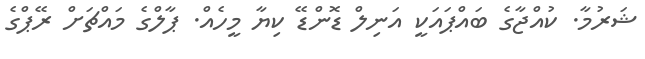
ޝަރުމާ. ކުއްޖާގެ ބައްޕައަކީ އަނިލް ޑޮންޑޭ ކިޔާ މީހެއް. ޕާލްގެ މައްޗަށް ރޭޕްގެ